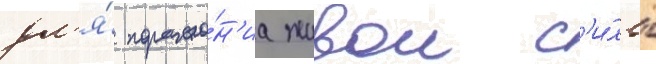
дл'я́ пораже́н'иа живои с'и́лы